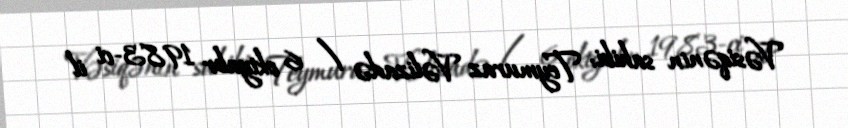
Vəsiqənin sahibi: Teymuraz Vəlizadə / 6 oktyabr 1983-ci il